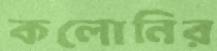
কলোনির